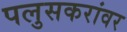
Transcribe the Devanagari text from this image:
पलुसकरांवर